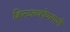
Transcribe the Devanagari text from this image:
क्रिस्टलकोणमापी